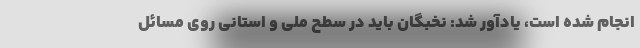
انجام شده است، یادآور شد: نخبگان باید در سطح ملی و استانی روی مسائل